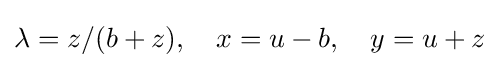
\lambda =z/(b+z),\quad x=u-b,\quad y=u+z